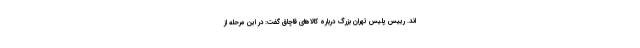
اند. رییس پلیس تهران بزرگ درباره کالاهای قاچاق گفت: در این مرحله از